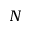
N